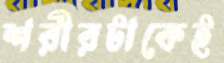
শরীরটাকেই